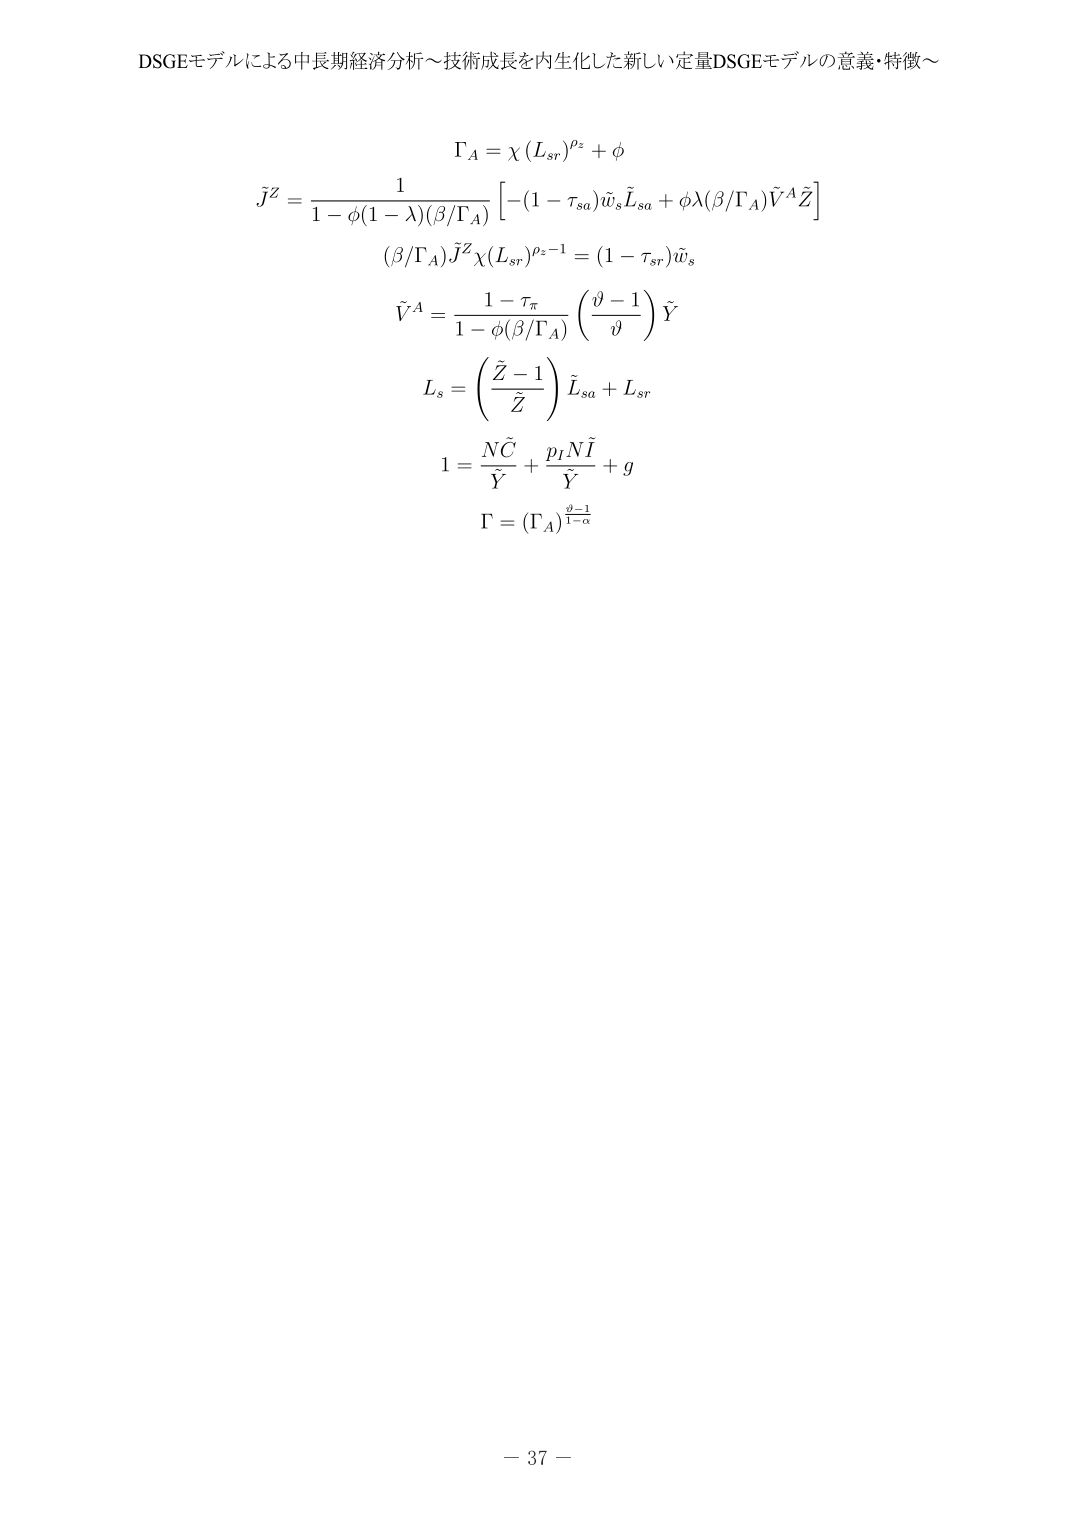
DSGEモデルによる中長期経済分析～技術成長を内生化した新しい定量DSGEモデルの意義・特徴～

Γ_A = χ (L_sr)^{ρ_z} + φ

\tilde{J}^Z = \frac{1}{1 - φ(1 - λ)(β/Γ_A)} \left[ -(1 - τ_{sa}) \tilde{w}_s \tilde{L}_{sa} + φλ(β/Γ_A) \tilde{V}^A \tilde{Z} \right]

(β/Γ_A) \tilde{J}^Z χ(L_sr)^{ρ_z - 1} = (1 - τ_{sr}) \tilde{w}_s

\tilde{V}^A = \frac{1 - τ_π}{1 - φ(β/Γ_A)} \left( \frac{ϑ - 1}{ϑ} \right) \tilde{Y}

L_s = \left( \frac{\tilde{Z} - 1}{\tilde{Z}} \right) \tilde{L}_{sa} + L_{sr}

1 = \frac{N \tilde{C}}{\tilde{Y}} + \frac{p_I N \tilde{I}}{\tilde{Y}} + g

Γ = (Γ_A)^{\frac{ϑ - 1}{1 - α}}

- 37 -